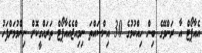
އެއާޕޯޓް އާ ރަންވޭގެ ބިން ހިއްކުމުގެ 30 އިންސައްތަ ނިމިއްޖެއެއާޕޯޓް ތަރައްގީކޮށް ނިންމުމަށްފަހު